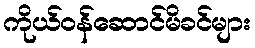
ကိုယ်ဝန်ဆောင်မိခင်များ